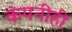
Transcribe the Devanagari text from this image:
कंपनीही